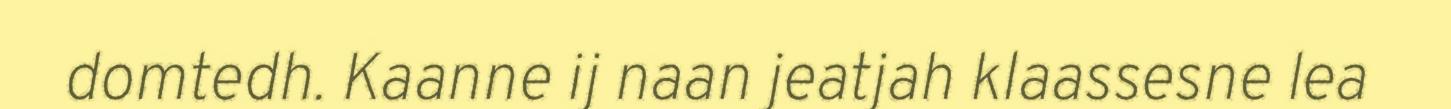
domtedh. Kaanne ij naan jeatjah klaassesne lea